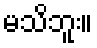
မသိဘူး။